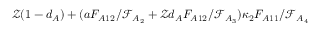
\mathcal { Z } ( 1 - d _ { A } ) + ( a F _ { A 1 2 } / \mathcal { F } _ { A _ { 2 } } + \mathcal { Z } d _ { A } F _ { A 1 2 } / \mathcal { F } _ { A _ { 3 } } ) \kappa _ { 2 } F _ { A 1 1 } / \mathcal { F } _ { A _ { 4 } }